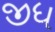
જીધ